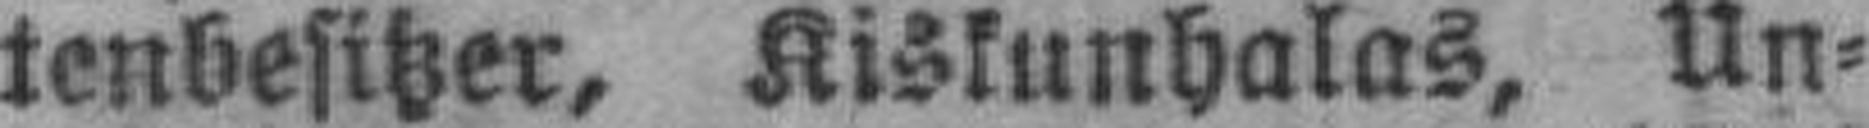
tenbesitzer, Kiskunhalas, Un¬